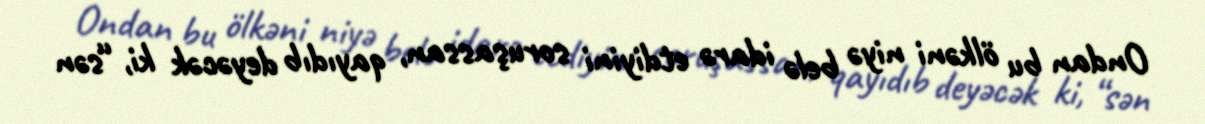
Ondan bu ölkəni niyə belə idarə etdiyini soruşassan, qayıdıb deyəcək ki, “sən